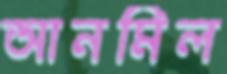
আনমিল